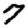
Digit: 7